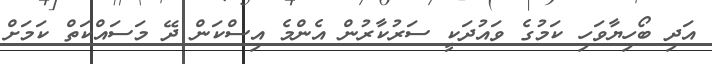
އަދި ބޯހިޔާވަހި ކަމުގެ ވައުދަކީ ސަރުކާރުން އެންމެ އިސްކަން ދޭ މަސައްކަތް ކަމަށް